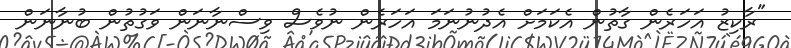
"ރާކިޒު އަހަރެން ގާތުން އެކަމަށް އެދުނުނަމަ އަހަރެން ނުވެސް ވިސްނާނަން ވަގުތުން ބުނާނަން